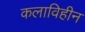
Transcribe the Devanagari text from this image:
कलाविहीन